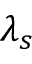
\lambda _ { s }